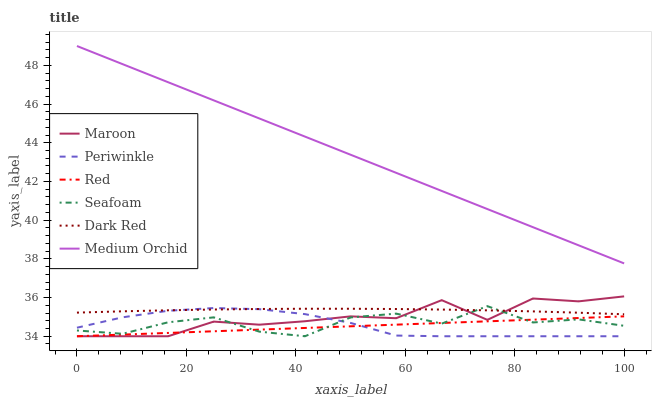
| xaxis_label | Maroon | Periwinkle | Red | Seafoam | Dark Red | Medium Orchid |
 | --- | --- | --- | --- | --- | --- | --- |
 | 0 | 34 | 34.4 | 34 | 34.3 | 35.2 | 49 |
 | 8.33 | 34 | 35 | 34.1 | 34.1 | 35.3 | 48.1 |
 | 16.7 | 34 | 35.3 | 34.2 | 34.7 | 35.3 | 47.1 |
 | 25 | 34.8 | 35.5 | 34.3 | 35 | 35.4 | 46.2 |
 | 33.3 | 34.6 | 35.4 | 34.3 | 34.2 | 35.4 | 45.3 |
 | 41.7 | 34.8 | 35.1 | 34.4 | 34 | 35.4 | 44.3 |
 | 50 | 35 | 34.7 | 34.5 | 35 | 35.4 | 43.4 |
 | 58.3 | 34.9 | 34 | 34.6 | 35.2 | 35.4 | 42.4 |
 | 66.7 | 35.9 | 34 | 34.7 | 34.7 | 35.4 | 41.5 |
 | 75 | 34.8 | 34 | 34.8 | 35.6 | 35.3 | 40.6 |
 | 83.3 | 36 | 34 | 34.9 | 34.7 | 35.3 | 39.6 |
 | 91.7 | 35.8 | 34 | 34.9 | 34.9 | 35.2 | 38.7 |
 | 100 | 36.1 | 34 | 35 | 34.5 | 35.1 | 37.8 |